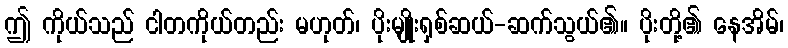
ဤ ကိုယ်သည် ငါတကိုယ်တည်း မဟုတ်၊ ပိုးမျိုးရှစ်ဆယ်-ဆက်သွယ်၏။ ပိုးတို့၏ နေအိမ်၊